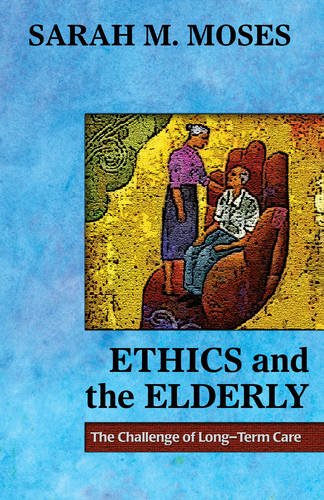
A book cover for Ethics and the Elderly: The Challenge of Long-Term Care; Sarha M. Moses; Christian Books & Bibles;